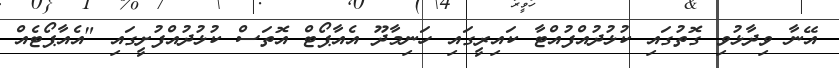
އޭނާ ވިދާޅުވި ގޮތުގައި ކުޅުދުއްފުއްޓާ ކައިރީގައި ހަނިމާދޫ އެއާޕޯޓް އޮތަސް ކުޅުދުއްފުށީގައި "އެއާޕޯޓެއް